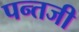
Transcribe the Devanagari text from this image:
पन्तजी